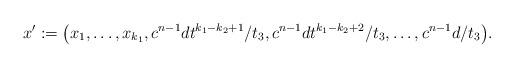
LaTeX: \begin{align*}x':=\big(x_1,\dots,x_{k_1},c^{n-1}dt^{k_1-k_2+1}/t_3,c^{n-1}dt^{k_1-k_2+2}/t_3,\dots,c^{n-1}d/t_3\big).\end{align*}